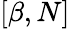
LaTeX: [\beta,N]